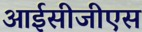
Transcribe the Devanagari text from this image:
आईसीजीएस